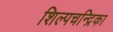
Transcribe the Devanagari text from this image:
शिल्पचन्द्रिका